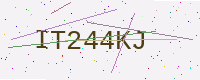
Text: IT244KJ